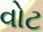
વોટ